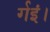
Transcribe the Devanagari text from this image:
र्गइं।